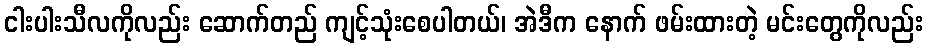
ငါးပါးသီလကိုလည်း ဆောက်တည် ကျင့်သုံးစေပါတယ်၊ အဲဒီက နောက် ဖမ်းထားတဲ့ မင်းတွေကိုလည်း